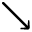
\searrow